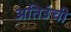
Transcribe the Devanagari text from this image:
अतिउंची